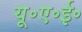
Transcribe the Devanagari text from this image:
यू॰ए॰ई॰